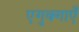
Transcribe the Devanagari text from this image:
एगुक्गाएँ